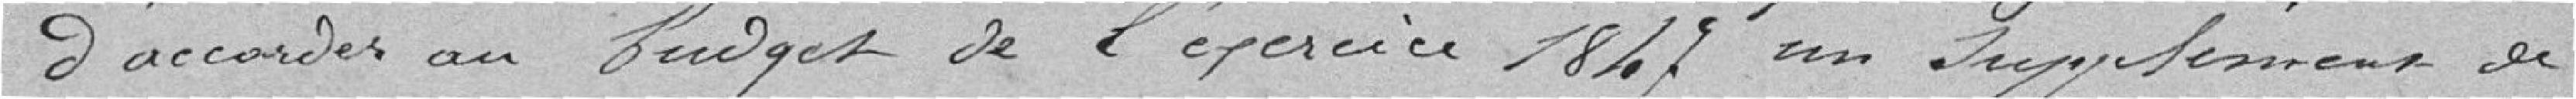
d'accorder au budget de l'exercice 1847 un supplément de